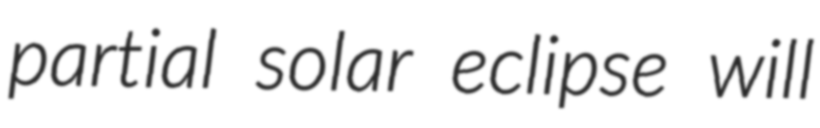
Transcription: partial solar eclipse will